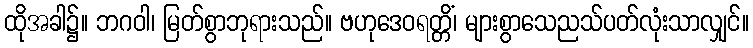
ထိုအခါ၌။ ဘဂဝါ၊ မြတ်စွာဘုရားသည်။ ဗဟုဒေဝရတ္တိံ၊ များစွာသေညသ်ပတ်လုံးသာလျှင်။